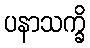
ပနာသက္ခိ